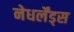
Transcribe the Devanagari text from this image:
नेधर्लेंड्स